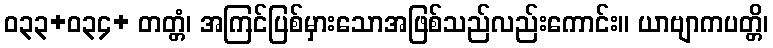
ဝ၃၃+၀၃၄+ တတ္တံ၊ အကြင်ပြစ်မှားသောအဖြစ်သည်လည်းကောင်း။ ယာဗျာကပတ္တိ၊